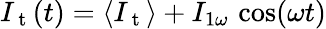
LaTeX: I_{\mathrm{~t~}}(t)=\langle I_{\mathrm{~t~}}\rangle+I_{1\omega}\, \cos(\omega t)